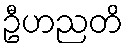
ဦဟညတိ